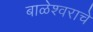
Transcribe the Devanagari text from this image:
बाळेश्वराचे